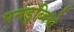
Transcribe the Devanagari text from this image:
पनडुब्बियो